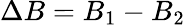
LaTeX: \Delta B=B_{1}-B_{2}